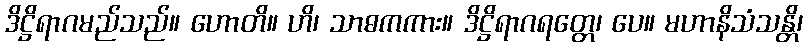
ဒိဋ္ဌိရာဂမည်သည်။ ဟောတိ။ ဟိ၊ သာဓကကား။ ဒိဋ္ဌိရာဂရတ္တေ၊ ပေ။ မဟာနိသံသန္တိ၊